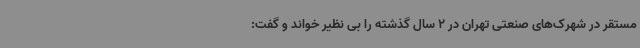
مستقر در شهرک‌های صنعتی تهران در 2 سال گذشته را بی نظیر خواند و گفت: